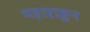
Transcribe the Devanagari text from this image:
महाराष्ट्रन